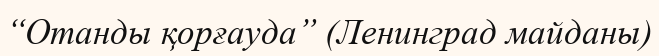
“Отанды қорғауда” (Ленинград майданы)